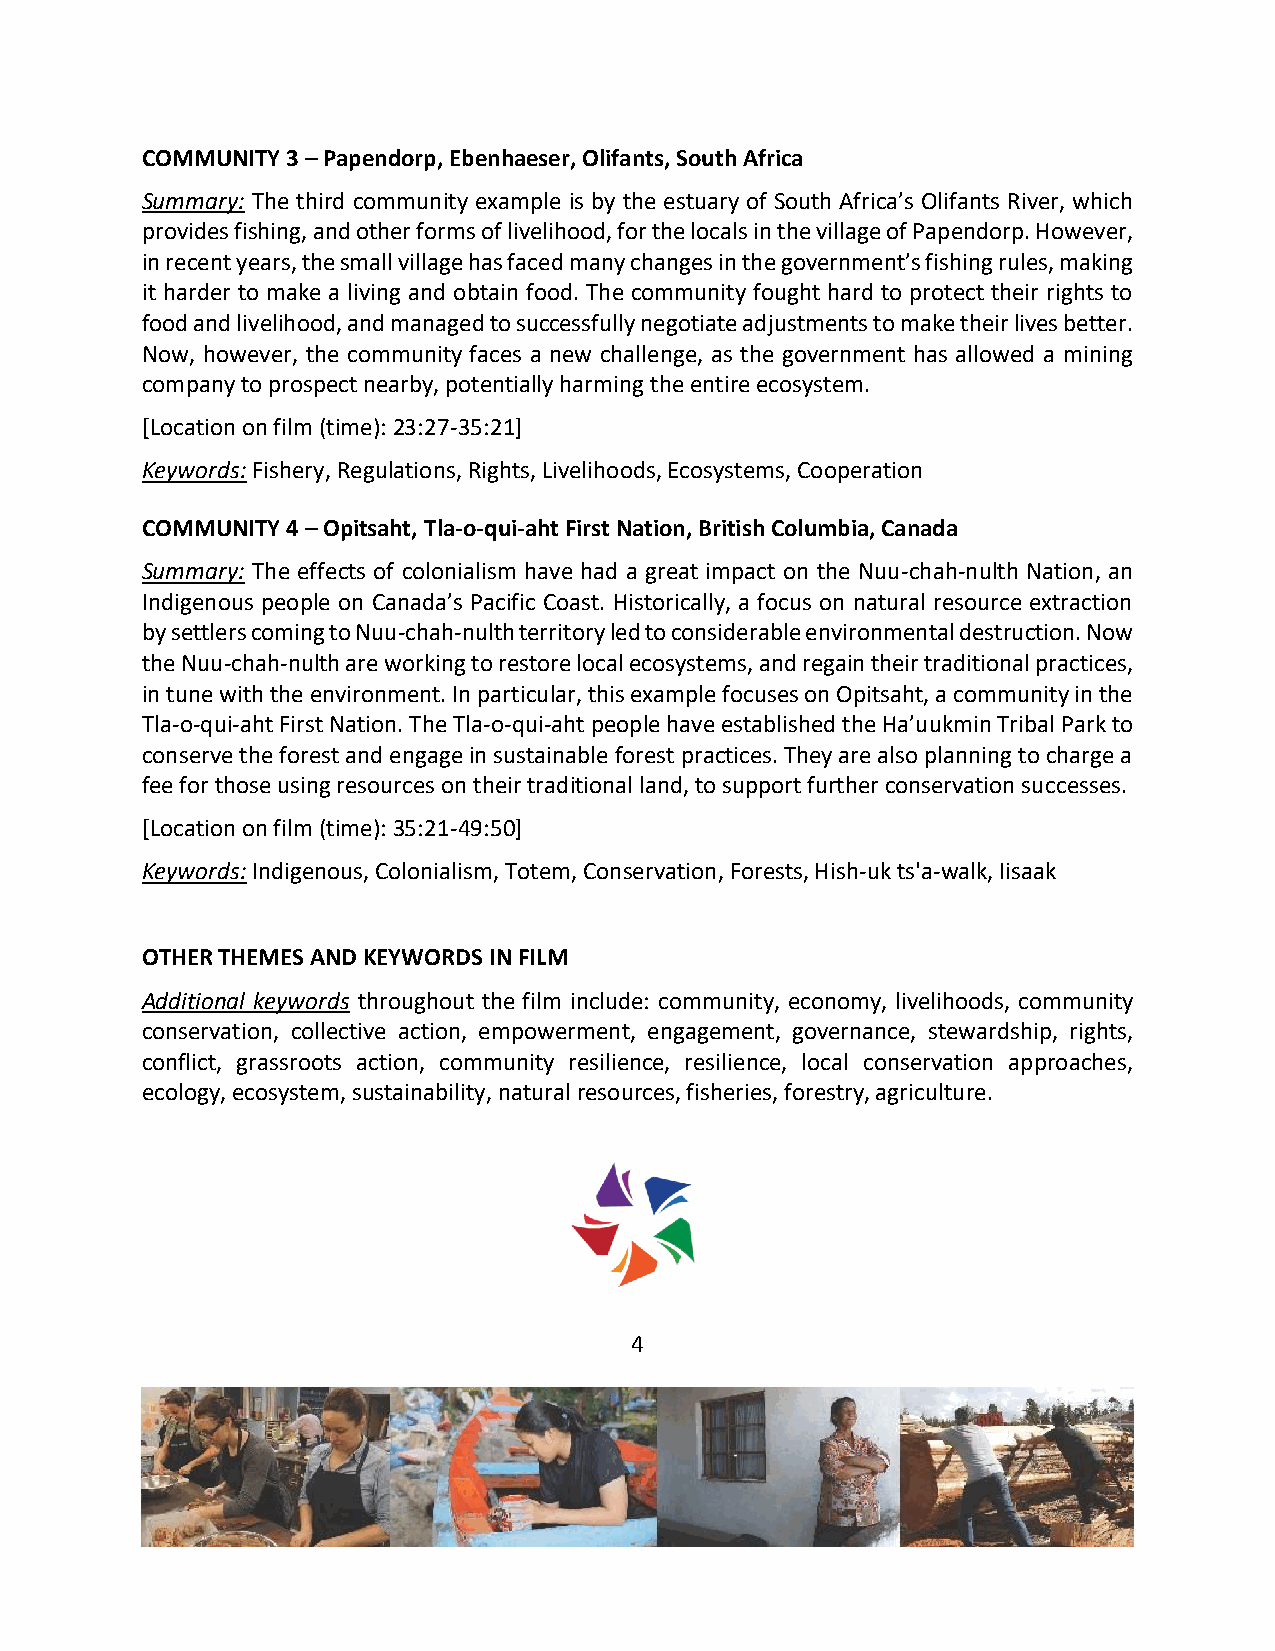
COMMUNITY 3 – Papendorp, Ebenhaeser, Olifants, South Africa
 Summary: The third community example is by the estuary of South Africa’s Olifants River, which
 provides fishing, and other forms of livelihood, for the locals in the village of Papendorp. However,
 in recent years, the small village has faced many changes in the government’s fishing rules, making
 it harder to make a living and obtain food. The community fought hard to protect their rights to
 food and livelihood, and managed to successfully negotiate adjustments to make their lives better.
 Now, however, the community faces a new challenge, as the government has allowed a mining
 company to prospect nearby, potentially harming the entire ecosystem.
 [Location on film (time): 23:27-35:21]
 Keywords: Fishery, Regulations, Rights, Livelihoods, Ecosystems, Cooperation
 COMMUNITY 4 – Opitsaht, Tla-o-qui-aht First Nation, British Columbia, Canada
 Summary: The effects of colonialism have had a great impact on the Nuu-chah-nulth Nation, an
 Indigenous people on Canada’s Pacific Coast. Historically, a focus on natural resource extraction
 by settlers coming to Nuu-chah-nulth territory led to considerable environmental destruction. Now
 the Nuu-chah-nulth are working to restore local ecosystems, and regain their traditional practices,
 in tune with the environment. In particular, this example focuses on Opitsaht, a community in the
 Tla-o-qui-aht First Nation. The Tla-o-qui-aht people have established the Ha’uukmin Tribal Park to
 conserve the forest and engage in sustainable forest practices. They are also planning to charge a
 fee for those using resources on their traditional land, to support further conservation successes.
 [Location on film (time): 35:21-49:50]
 Keywords: Indigenous, Colonialism, Totem, Conservation, Forests, Hish-uk ts'a-walk, Iisaak
 OTHER THEMES AND KEYWORDS IN FILM
 Additional keywords throughout the film include: community, economy, livelihoods, community
 conservation, collective action, empowerment, engagement, governance, stewardship, rights,
 conflict, grassroots action, community resilience, resilience, local conservation approaches,
 ecology, ecosystem, sustainability, natural resources, fisheries, forestry, agriculture.
 4